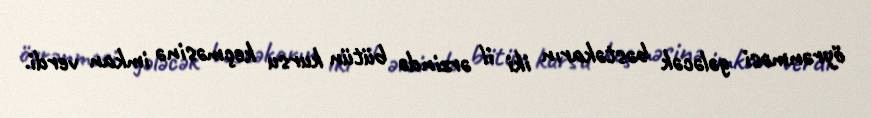
öyrənməsi gələcək bəstəkarın iki il ərzində bütün kursu keçməsinə imkan verdi.